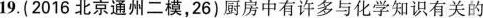
19.(2016北京通州二模，26)厨房中有许多与化学知识有关的